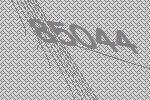
85044